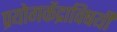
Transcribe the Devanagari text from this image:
प्रयोगकेंद्राविषयी